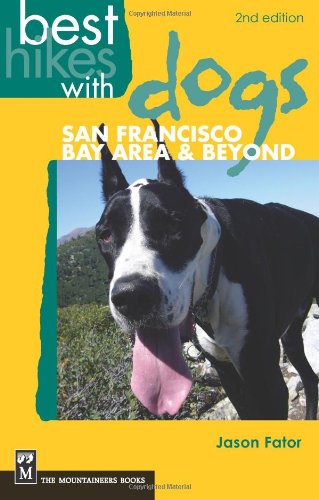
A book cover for Best Hikes With Dogs: San Francisco Bay Area and Beyond; Jason Fator; Travel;